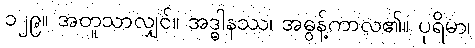
၁၂၉။ အတူသာလျှင်။ အဒ္ဓါနဿ၊ အဓွန့်ကာလ၏။ ပုရိမာ၊